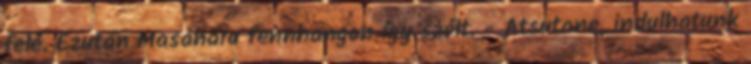
felé. Ezután Masaharu fennhangon így szólt. - Atsutane, indulhatunk